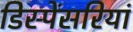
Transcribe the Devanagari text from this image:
डिस्पेंसरियां